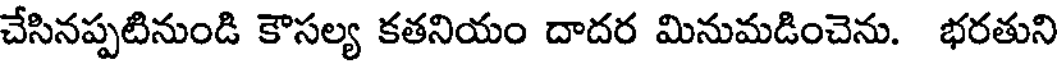
చేసినప్పటినుండి కౌసల్య కతనియం దాదర మినుమడించెను. భరతుని